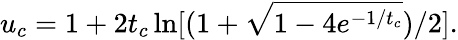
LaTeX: u_{c}=1+2t_{c}\ln[(1+\sqrt{1-4e^{-1/t_{c}}})/2].